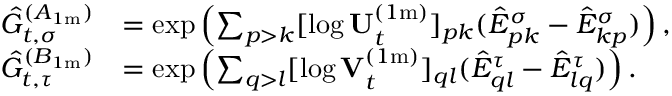
\begin{array} { r l } { \hat { G } _ { t , \sigma } ^ { ( A _ { 1 \mathrm { m } } ) } } & { = \exp \left( \sum _ { p > k } [ \log \mathbf { U } _ { t } ^ { ( 1 \mathrm { m } ) } ] _ { p k } ( \hat { E } _ { p k } ^ { \sigma } - \hat { E } _ { k p } ^ { \sigma } ) \right) , } \\ { \hat { G } _ { t , \tau } ^ { ( B _ { 1 \mathrm { m } } ) } } & { = \exp \left( \sum _ { q > l } [ \log \mathbf { V } _ { t } ^ { ( 1 \mathrm { m } ) } ] _ { q l } ( \hat { E } _ { q l } ^ { \tau } - \hat { E } _ { l q } ^ { \tau } ) \right) . } \end{array}